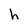
Character: h